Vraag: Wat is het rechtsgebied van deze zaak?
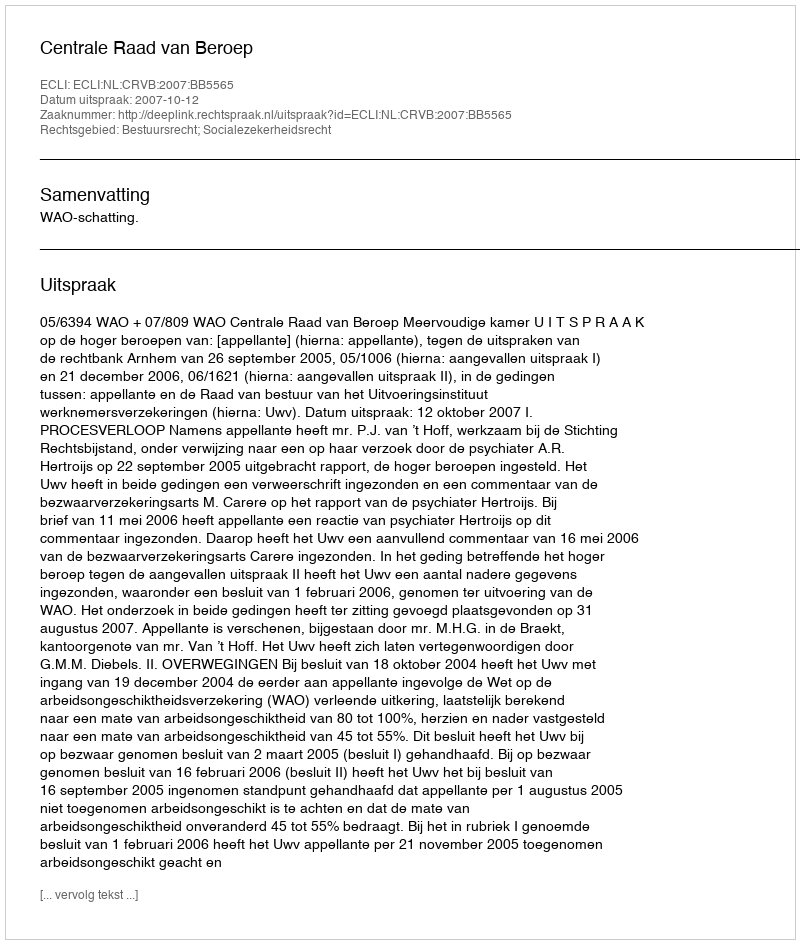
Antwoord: Bestuursrecht; Socialezekerheidsrecht